Lock hospitals Punjab
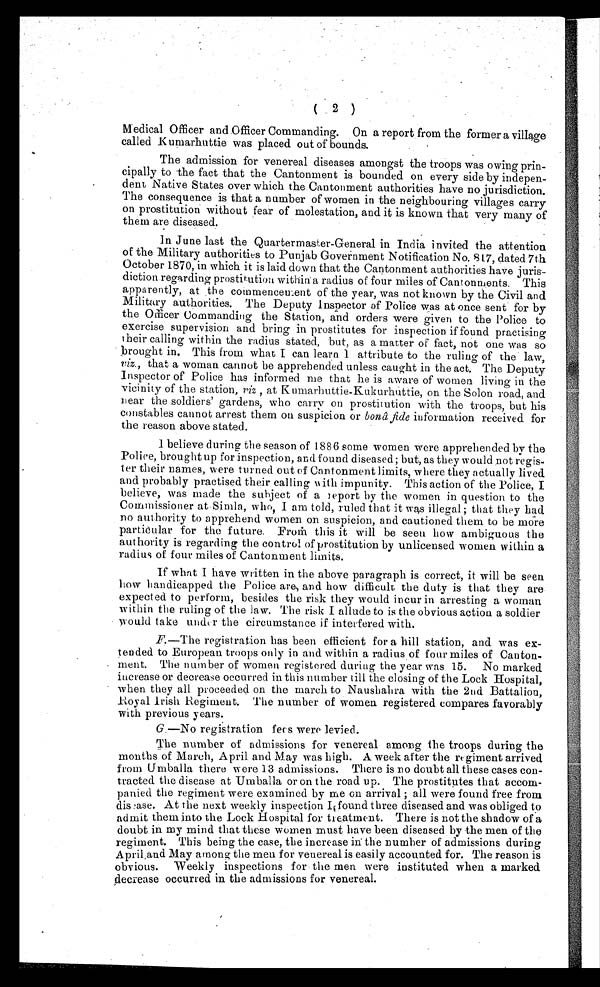
(2 )
Medical Officer and Officer Commanding. On a report from the former a village
called Kumarhuttie was placed out of bounds.
The admission for venereal diseases amongst the troops was owing prin-
-cipally to the fact that the Cantonment is bounded on every side by indepen-
-dent Native States over which the Cantonment authorities have no jurisdiction.
The consequence is that a number of women in the neighbouring villages carry
on prostitution without fear of molestation, and it is known that very many of
them are diseased.
In June last the Quartermaster-General in India invited the attention
of the Military authorities to Punjab Government Notification No. 817, dated 7th
October 1870, in which it is laid down that the Cantonment authorities have juris--
diction regarding prostitution within a radius of four miles of Cantonments. This
apparently, at the commencement of the year, was not known by the Civil and
Military authorities. The Deputy Inspector of Police was at once sent for by
the Office Commanding the Station, and orders were given to the Police to
exercise supervision and bring in prostitutes for inspection if found practising
their calling within the radius stated, but, as a matter of fact, not one was so
brought in. This from what I can learn I attribute to the ruling of the law,
viz., that a woman cannot be apprehended unless caught in the act. The Deputy
Inspector of Police has informed me that he is aware of women living in the
vicinity of the station, viz , at Kumarhuttie-Kukurhuttie, on the Solon road, and
near the soldiers' gardens, who carry on prostitution with the troops, but his
constables cannot arrest them on suspicion or bonâ fide information received for
the reason above stated.
I believe during the season of 1886 some women were apprehended by the
Police, brought up for inspection, and found diseased ; but, as they would not regis
-ter their names, were turned out of Cantonment limits, where they actually lived
and probably practised their calling with impunity. This action of the Police, I
believe, was made the subject of a report by the women in question to the
Commissioner at Simla, who, I am told, ruled that it was illegal ; that they had
no authority to apprehend women on suspicion, and cautioned them to be more
particular for the future. From this it will be seen how ambiguous the
authority is regarding the control of prostitution by unlicensed women within a
radius of four miles of Cantonment limits.
If what I have written in the above paragraph is correct, it will be seen
how handicapped the Police are, and how difficult the duty is that they are
expected to perform, besides the risk they would incur in arresting a woman
within the ruling of the law. The risk I allude to is the obvious action a soldier
would take under the circumstance if interfered with.
F. —The registration has been efficient for a hill station, and. was ex-
-tended to European troops only in and within a radius of four miles of
Cantonment. The number of women registered during the year was 15. No marked
increase or decrease occurred in this number till the closing of the Lock Hospital,
when they all proceeded on the march to Naushahra with the 2nd Battalion,
Royal Irish Regiment. The number of women registered compares favorably
with previous years.
G.—No registration fees were levied.
The number of admissions for venereal among the troops during the
months of March, April and May was high. A week after the regiment arrived
from Umballa there were 13 admissions. There is no doubt all these cases con-
-tracted the disease at Umballa or on the road up. Tire prostitutes that
accom-panied the regiment were examined by me on arrival ; all were found free from
disease. At the next weekly inspection found three diseased and was obliged to
admit them into the Lock Hospital for treatment. There is not the shadow of a
doubt in my mind that these women must have been diseased by the men of the
regiment. This being the case, the increase in the number of admissions during
April and May among the men for venereal is easily accounted for. The reason is
obvious. Weekly inspections for the men were instituted when a marked.
decrease occurred in the admissions for venereal.